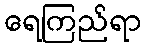
ရေကြည်ရာ